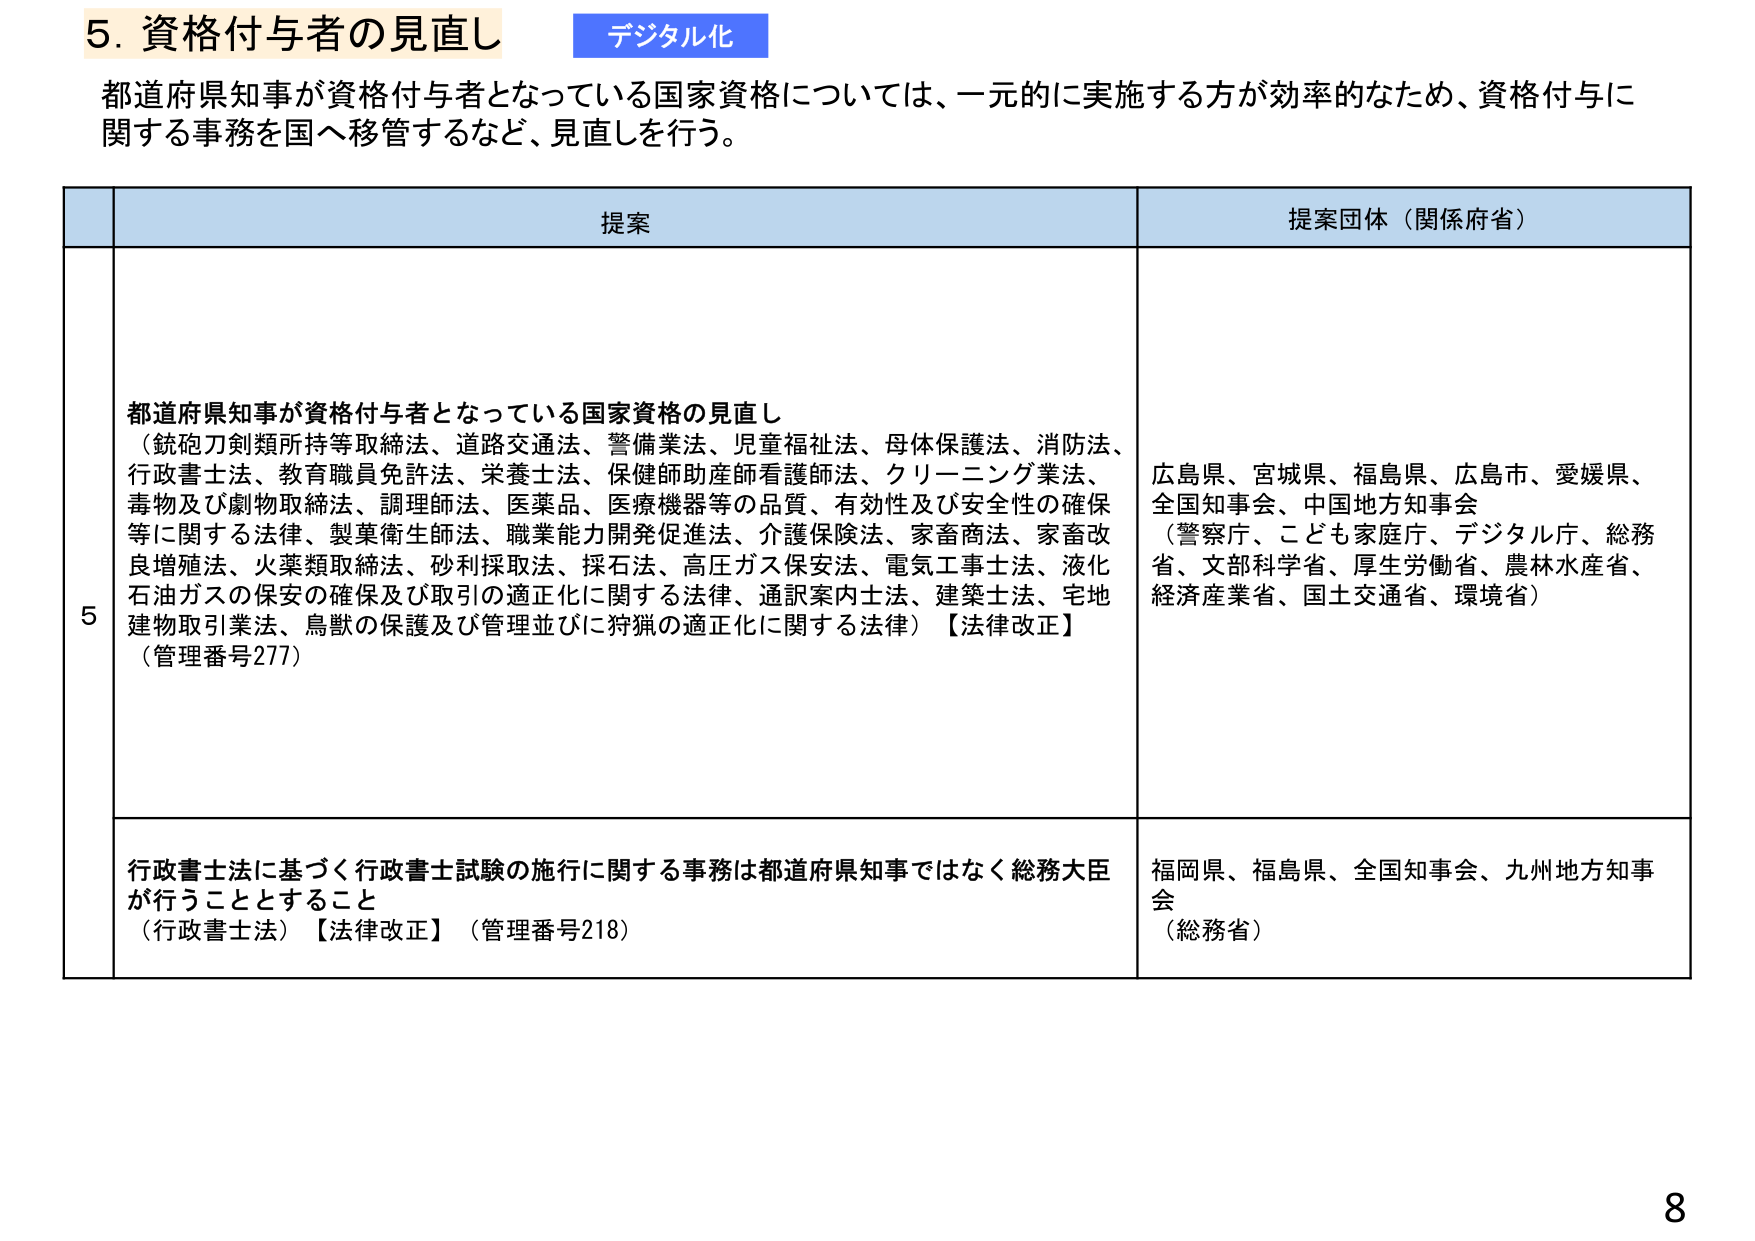
5. 資格付与者の見直し デジタル化
都道府県知事が資格付与者となっている国家資格については、一元的に実施する方が効率的なため、資格付与に関する事務を国へ移管するなど、見直しを行う。

提案 提案団体（関係府省）
5 都道府県知事が資格付与者となっている国家資格の見直し
（銃砲刀剣類所持等取締法、道路交通法、警備業法、児童福祉法、母体保護法、消防法、行政書士法、教育職員免許法、栄養士法、保健師助産師看護師法、クリーニング業法、毒物及び劇物取締法、調理師法、医薬品、医療機器等の品質、有効性及び安全性の確保等に関する法律、製菓衛生師法、職業能力開発促進法、介護保険法、家畜商法、家畜改良増殖法、火薬類取締法、砂利採取法、採石法、高圧ガス保安法、電気工事士法、液化石油ガスの保安の確保及び取引の適正化に関する法律、通訳案内士法、建築士法、宅地建物取引業法、鳥獣の保護及び管理並びに狩猟の適正化に関する法律）【法律改正】
（管理番号277）
広島県、宮城県、福島県、広島市、愛媛県、全国知事会、中国地方知事会
（警察庁、こども家庭庁、デジタル庁、総務省、文部科学省、厚生労働省、農林水産省、経済産業省、国土交通省、環境省）

行政書士法に基づく行政書士試験の施行に関する事務は都道府県知事ではなく総務大臣が行うこととすること
（行政書士法）【法律改正】（管理番号218）
福岡県、福島県、全国知事会、九州地方知事会
（総務省）

8